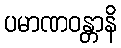
ပမာဏဝန္တာနိ